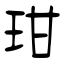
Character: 玵